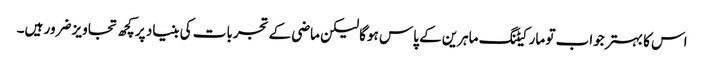
اس کا بہتر جواب تو مارکیٹنگ ماہرین کے پاس ہوگا لیکن ماضی کے تجربات کی بنیاد پر کچھ تجاویز ضرور ہیں۔